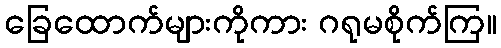
ခြေထောက်များကိုကား ဂရုမစိုက်ကြ။